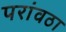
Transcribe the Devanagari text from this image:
परांवठा